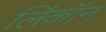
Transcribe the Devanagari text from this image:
लिंकॉन